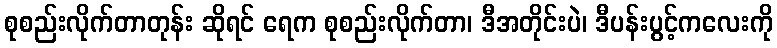
စုစည်းလိုက်တာတုန်း ဆိုရင် ရေက စုစည်းလိုက်တာ၊ ဒီအတိုင်းပဲ၊ ဒီပန်းပွင့်ကလေးကို